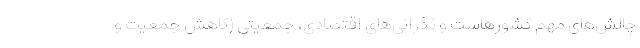
چالش‌های مهم کشورهاست و نگرانی‌های اقتصادی، جمعیتی (کاهش جمعیت و